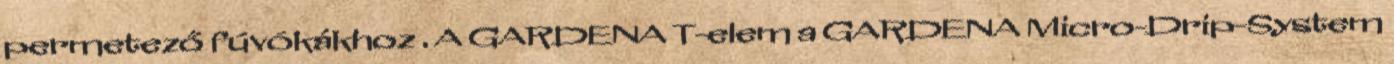
permetező fúvókákhoz . A GARDENA T-elem a GARDENA Micro-Drip-System